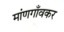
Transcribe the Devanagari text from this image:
मांणगाँवकर